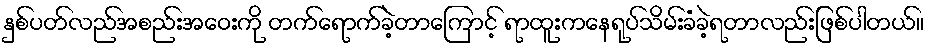
နှစ်ပတ်လည်အစည်းအဝေးကို တက်ရောက်ခဲ့တာကြောင့် ရာထူးကနေရုပ်သိမ်းခံခဲ့ရတာလည်းဖြစ်ပါတယ်။